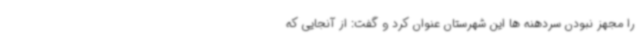
را مجهز نبودن سردهنه ها این شهرستان عنوان کرد و گفت: از آنجایی که